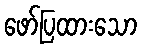
ဖော်ပြထားသော